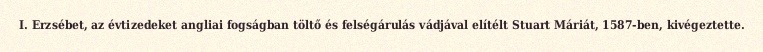
I. Erzsébet, az évtizedeket angliai fogságban töltő és felségárulás vádjával elítélt Stuart Máriát, 1587-ben, kivégeztette.